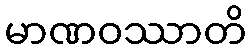
မာဏဝဿာတိ